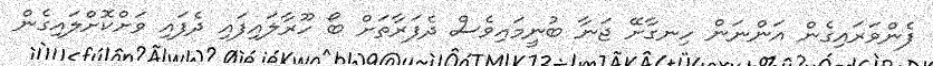
ފެންވަރައިގެން އަންނަން ހިނގާށޭ ޖަނާ ބުނީމައިވެސް ދެފަރާތަށް ބޯ ހޫރާލައިފައި ދެފައި ވަށްކޮށްލައިގެން